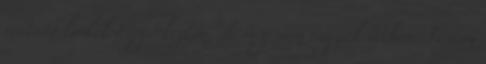
mutató linkek Megérkeztem, de még nem vagyok itthon. Testem